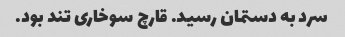
سرد به دستمان رسید. قارچ سوخاری تند بود.